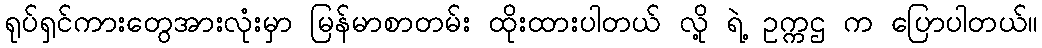
ရုပ်ရှင်ကားတွေအားလုံးမှာ မြန်မာစာတမ်း ထိုးထားပါတယ် လို့ ရဲ့ ဥက္ကဌ က ပြောပါတယ်။